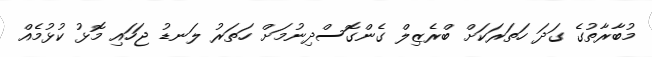
މުބާރާތުގެ ގަދަ ހަތަރަކަށް ބްރެޒިލް ގެންގޮސްދިނުމަށް ހަތަރު ލަނޑު ޖަހައި މޮޅު ކުޅުމެއް